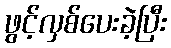
ဖွင့်လှစ်ပေးခဲ့ပြီး